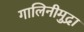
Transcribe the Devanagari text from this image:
गालिनीमुद्रा